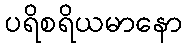
ပရိစရိယမာနော